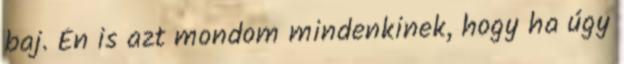
baj. Én is azt mondom mindenkinek, hogy ha úgy